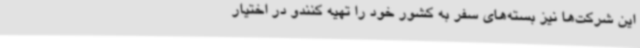
این شرکت‌ها نیز بسته‌های سفر به کشور خود را تهیه کنندو در اختیار